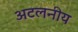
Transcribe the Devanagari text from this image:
अटलनीय